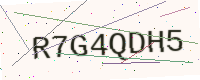
Text: R7G4QDH5